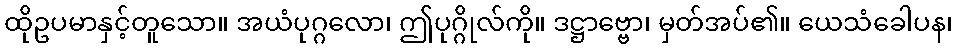
ထိုဥပမာနှင့်တူသော။ အယံပုဂ္ဂလော၊ ဤပုဂ္ဂိုလ်ကို။ ဒဋ္ဌာဗ္ဗော၊ မှတ်အပ်၏။ ယေသံခေါပန၊